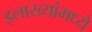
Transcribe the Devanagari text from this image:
इलाख्यांमध्ये